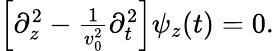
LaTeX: \begin{array}{r}{\left[\partial_{z}^{2}-\frac{1}{v_{0}^{2}}\partial_{t}^{2}\right]\psi_{z}(t)=0.}\end{array}